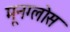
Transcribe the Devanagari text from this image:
मूनग्लोस